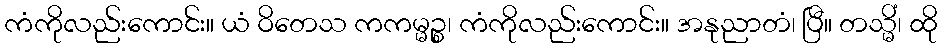
ကံကိုလည်းကောင်း။ ယံ ဝိတေသ ကကမ္မဉ္စ၊ ကံကိုလည်းကောင်း။ အနုညာတံ၊ ပြီ။ တသ္မိံ၊ ထို